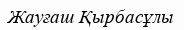
Жауғаш Қырбасұлы